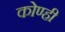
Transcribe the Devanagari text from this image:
कोण्ही